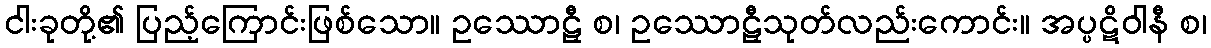
ငါးခုတို့၏ ပြည့်ကြောင်းဖြစ်သော။ ဥဿောဠှီ စ၊ ဥဿောဠှီသုတ်လည်းကောင်း။ အပ္ပဋိဝါနီ စ၊